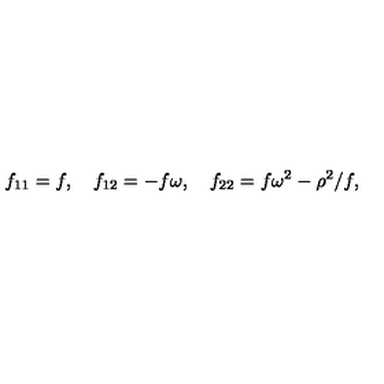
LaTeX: f _ { 1 1 } = f , \quad f _ { 1 2 } = - f \omega , \quad f _ { 2 2 } = f \omega ^ { 2 } - \rho ^ { 2 } / f ,